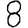
Digit: 8